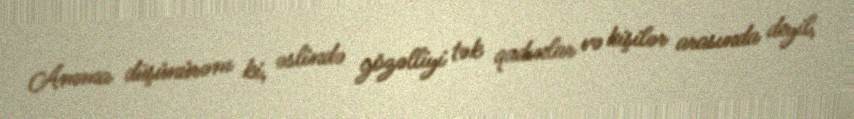
Amma düşünürəm ki, əslində gözəlliyi tək qadınlar və kişilər arasında deyil,